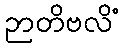
ဉာတိဗလိံ